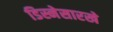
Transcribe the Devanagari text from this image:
डिस्नेसारखे